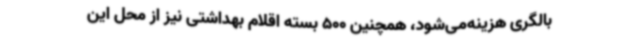
بالگری هزینه‌می‌شود، همچنین 500 بسته اقلام بهداشتی نیز از محل این